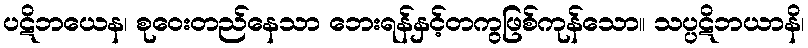
ပဋိဘယေန၊ စုဝေးတည်နေသာ ဘေးရန်နှင့်တကွဖြစ်ကုန်သော။ သပ္ပဋိဘယာနိ၊